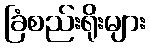
ခြံစည်းရိုးများ